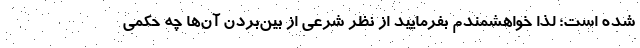
شده است؛ لذا خواهشمندم بفرمایید از نظر شرعی از بین‌بردن آن‌ها چه حکمی